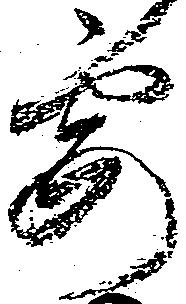
要